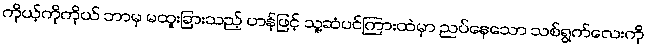
ကိုယ့်ကိုကိုယ် ဘာမှ မထူးခြားသည့် ဟန်ဖြင့် သူ့ဆံပင်ကြားထဲမှာ ညပ်နေသော သစ်ရွက်လေးကို